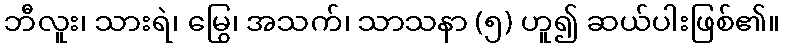
ဘီလူး၊ သားရဲ၊ မြွေ၊ အသက်၊ သာသနာ (၅) ဟူ၍ ဆယ်ပါးဖြစ်၏။